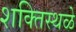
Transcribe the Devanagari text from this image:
शक्तिस्थळे